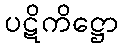
ပဋိကိဋ္ဌော